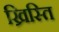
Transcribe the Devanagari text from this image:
ख्रिस्ति